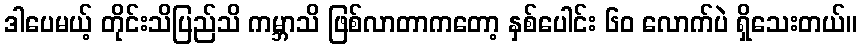
ဒါပေမယ့် တိုင်းသိပြည်သိ ကမ္ဘာသိ ဖြစ်လာတာကတော့ နှစ်ပေါင်း ၆၀ လောက်ပဲ ရှိသေးတယ်။